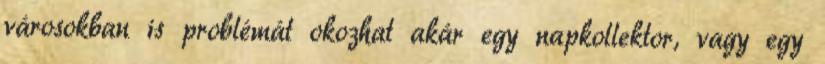
városokban is problémát okozhat akár egy napkollektor, vagy egy